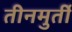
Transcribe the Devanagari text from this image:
तीनमुर्ती